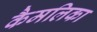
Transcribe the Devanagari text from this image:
कैमलिका